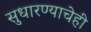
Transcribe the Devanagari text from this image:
सुधारण्याचेही